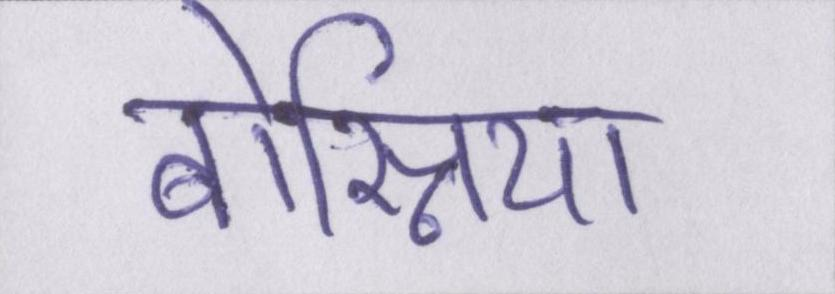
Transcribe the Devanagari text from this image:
बोस्निया